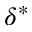
\delta ^ { * }